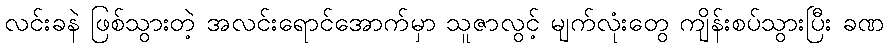
လင်းခနဲ ဖြစ်သွားတဲ့ အလင်းရောင်အောက်မှာ သူဇာလွင့် မျက်လုံးတွေ ကျိန်းစပ်သွားပြီး ခဏ